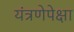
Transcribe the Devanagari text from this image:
यंत्रणेपेक्षा